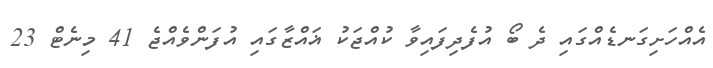
އެއްހަށިގަނޑެއްގައި ދެ ބޯ އުފެދިފައިވާ ކުއްޖަކު ޣައްޒާގައި އުފަންވެއްޖެ 41 މިނެޓް 23